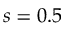
s = 0 . 5